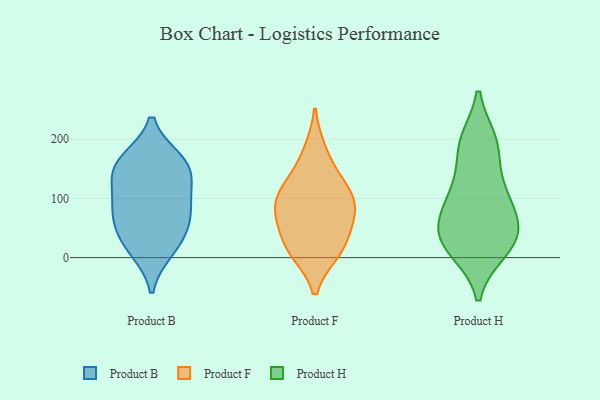
{"axis": {"x": "Churn Rate (%)", "y": "Value"}, "legend": ["Product B", "Product F", "Product H"], "data": [{"x": "", "y": 22, "type": "Product B"}, {"x": "", "y": 119, "type": "Product B"}, {"x": "", "y": 72, "type": "Product B"}, {"x": "", "y": 164, "type": "Product B"}, {"x": "", "y": 160, "type": "Product B"}, {"x": "", "y": 46, "type": "Product B"}, {"x": "", "y": 13, "type": "Product B"}, {"x": "", "y": 87, "type": "Product B"}, {"x": "", "y": 138, "type": "Product B"}, {"x": "", "y": 156, "type": "Product B"}, {"x": "", "y": 77, "type": "Product B"}, {"x": "", "y": 81, "type": "Product F"}, {"x": "", "y": 98, "type": "Product F"}, {"x": "", "y": 126, "type": "Product F"}, {"x": "", "y": 11, "type": "Product F"}, {"x": "", "y": 66, "type": "Product F"}, {"x": "", "y": 24, "type": "Product F"}, {"x": "", "y": 13, "type": "Product F"}, {"x": "", "y": 75, "type": "Product F"}, {"x": "", "y": 179, "type": "Product F"}, {"x": "", "y": 120, "type": "Product F"}, {"x": "", "y": 13, "type": "Product H"}, {"x": "", "y": 52, "type": "Product H"}, {"x": "", "y": 27, "type": "Product H"}, {"x": "", "y": 65, "type": "Product H"}, {"x": "", "y": 30, "type": "Product H"}, {"x": "", "y": 188, "type": "Product H"}, {"x": "", "y": 114, "type": "Product H"}, {"x": "", "y": 56, "type": "Product H"}, {"x": "", "y": 18, "type": "Product H"}, {"x": "", "y": 100, "type": "Product H"}, {"x": "", "y": 195, "type": "Product H"}, {"x": "", "y": 114, "type": "Product H"}, {"x": "", "y": 192, "type": "Product H"}]}